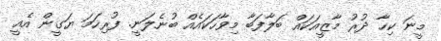
މީނަ ކިހާ ދުރު މާޒީއަކައް ބަލާފަބާ މިވާހަކައެއް ބުނެލަނީ. ފުރިހަމަ ޔަގީން އެއީ